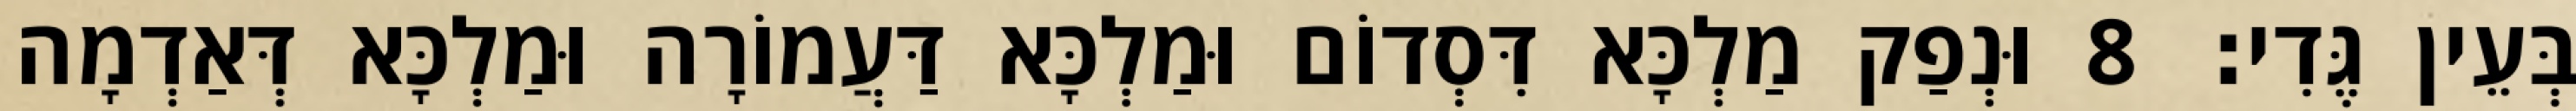
בְּעֵין גֶּדִי׃ 8 וּנְפַק מַלְכָּא דִּסְדוֹם וּמַלְכָּא דַּעֲמוֹרָה וּמַלְכָּא דְּאַדְמָה